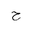
Letter: _ha